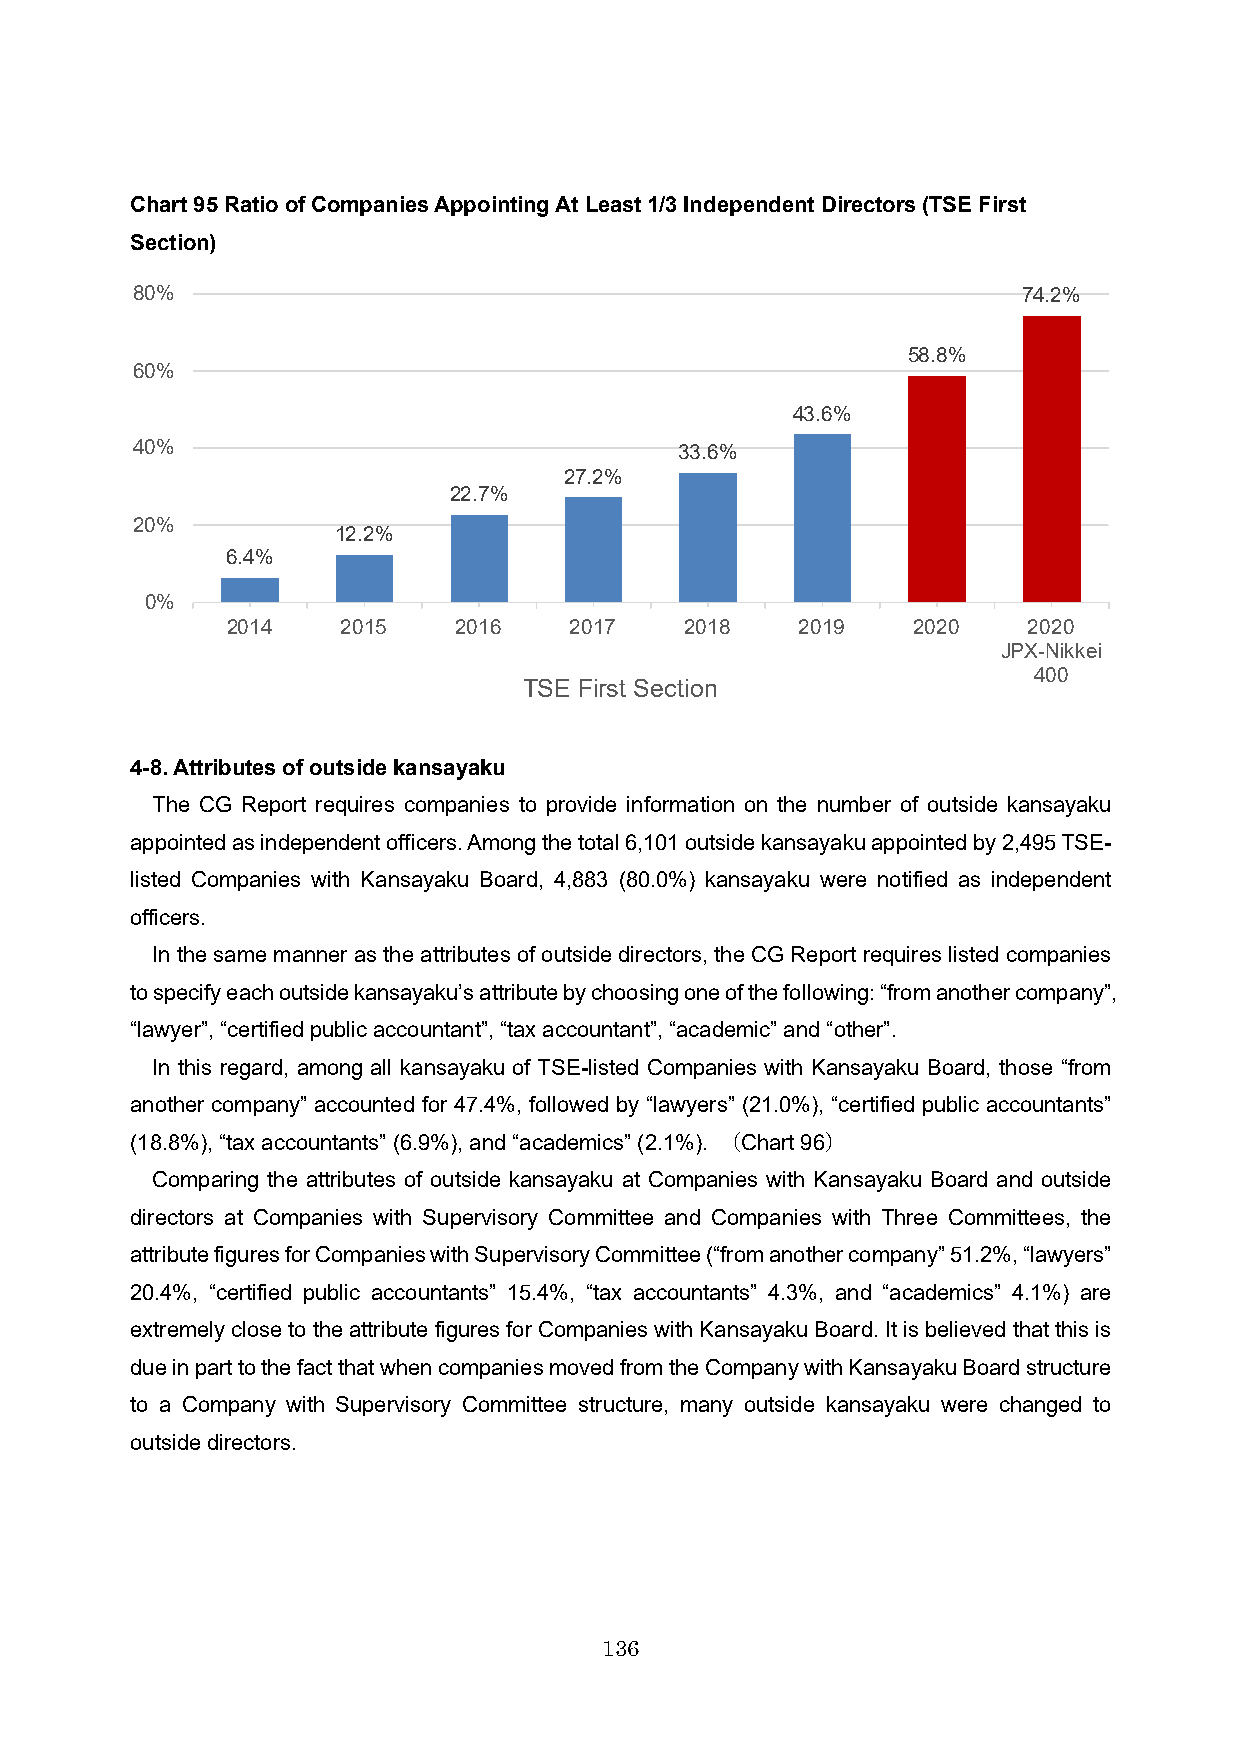
Chart 95Ratio of Companies Appointing At Least 1/3 Independent Directors (TSE First
 Section)
 80%                                                        74.2%
 58.8%
 60%
 43.6%
 40%                                 33.6%
 27.2%
 22.7%
 20%
 12.2%
 6.4%
 0%
 2014    2015   2016    2017   2018    2019   2020    2020
 JPX-Nikkei
 400
 TSE First Section
 4-8. Attributes of outside kansayaku
 The CG Report requires companies to provide information on the number of outside kansayaku
 appointed as independent officers. Among the total 6,101 outside kansayaku appointed by 2,495 TSE-
 listed Companies with Kansayaku Board, 4,883 (80.0%) kansayaku were notified as independent
 officers.
 In the same manner as the attributes of outside directors, the CG Report requires listed companies
 to specify each outside kansayaku’s attribute by choosing one of the following: “from another company”,
 “lawyer”, “certified public accountant”, “tax accountant”, “academic” and “other”.
 In this regard, among all kansayaku of TSE-listed Companies with Kansayaku Board, those “from
 another company” accounted for 47.4%, followed by “lawyers” (21.0%), “certified public accountants”
 (18.8%), “tax accountants” (6.9%), and “academics” (2.1%). （Chart96）
 Comparing the attributes of outside kansayaku at Companies with Kansayaku Board and outside
 directors at Companies with Supervisory Committee and Companies with Three Committees, the
 attribute figures for Companies with Supervisory Committee (“from another company” 51.2%, “lawyers”
 20.4%, “certified public accountants” 15.4%, “tax accountants” 4.3%, and “academics” 4.1%) are
 extremely close to the attribute figures for Companies with Kansayaku Board. It is believed that this is
 due in part to the fact that when companies moved from the Company with Kansayaku Board structure
 to a Company with Supervisory Committee structure, many outside kansayaku were changed to
 outside directors.
 136